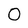
Character: O